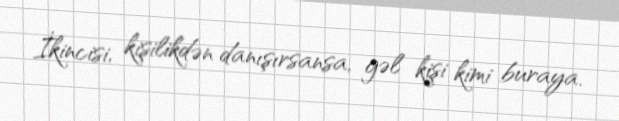
İkincisi, kişilikdən danışırsansa, gəl kişi kimi buraya.